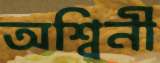
অশ্বিনী